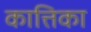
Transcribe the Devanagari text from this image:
कात्तिका